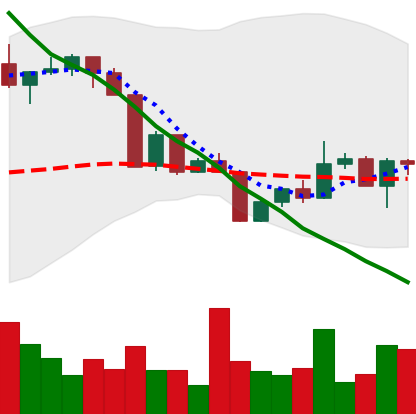
Ticker: XLM-USD
Chart end date: 2022-04-19
Forward return: -6.929%
Label: down_5_7